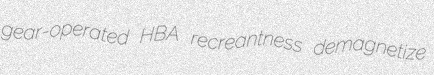
gear-operated HBA recreantness demagnetize